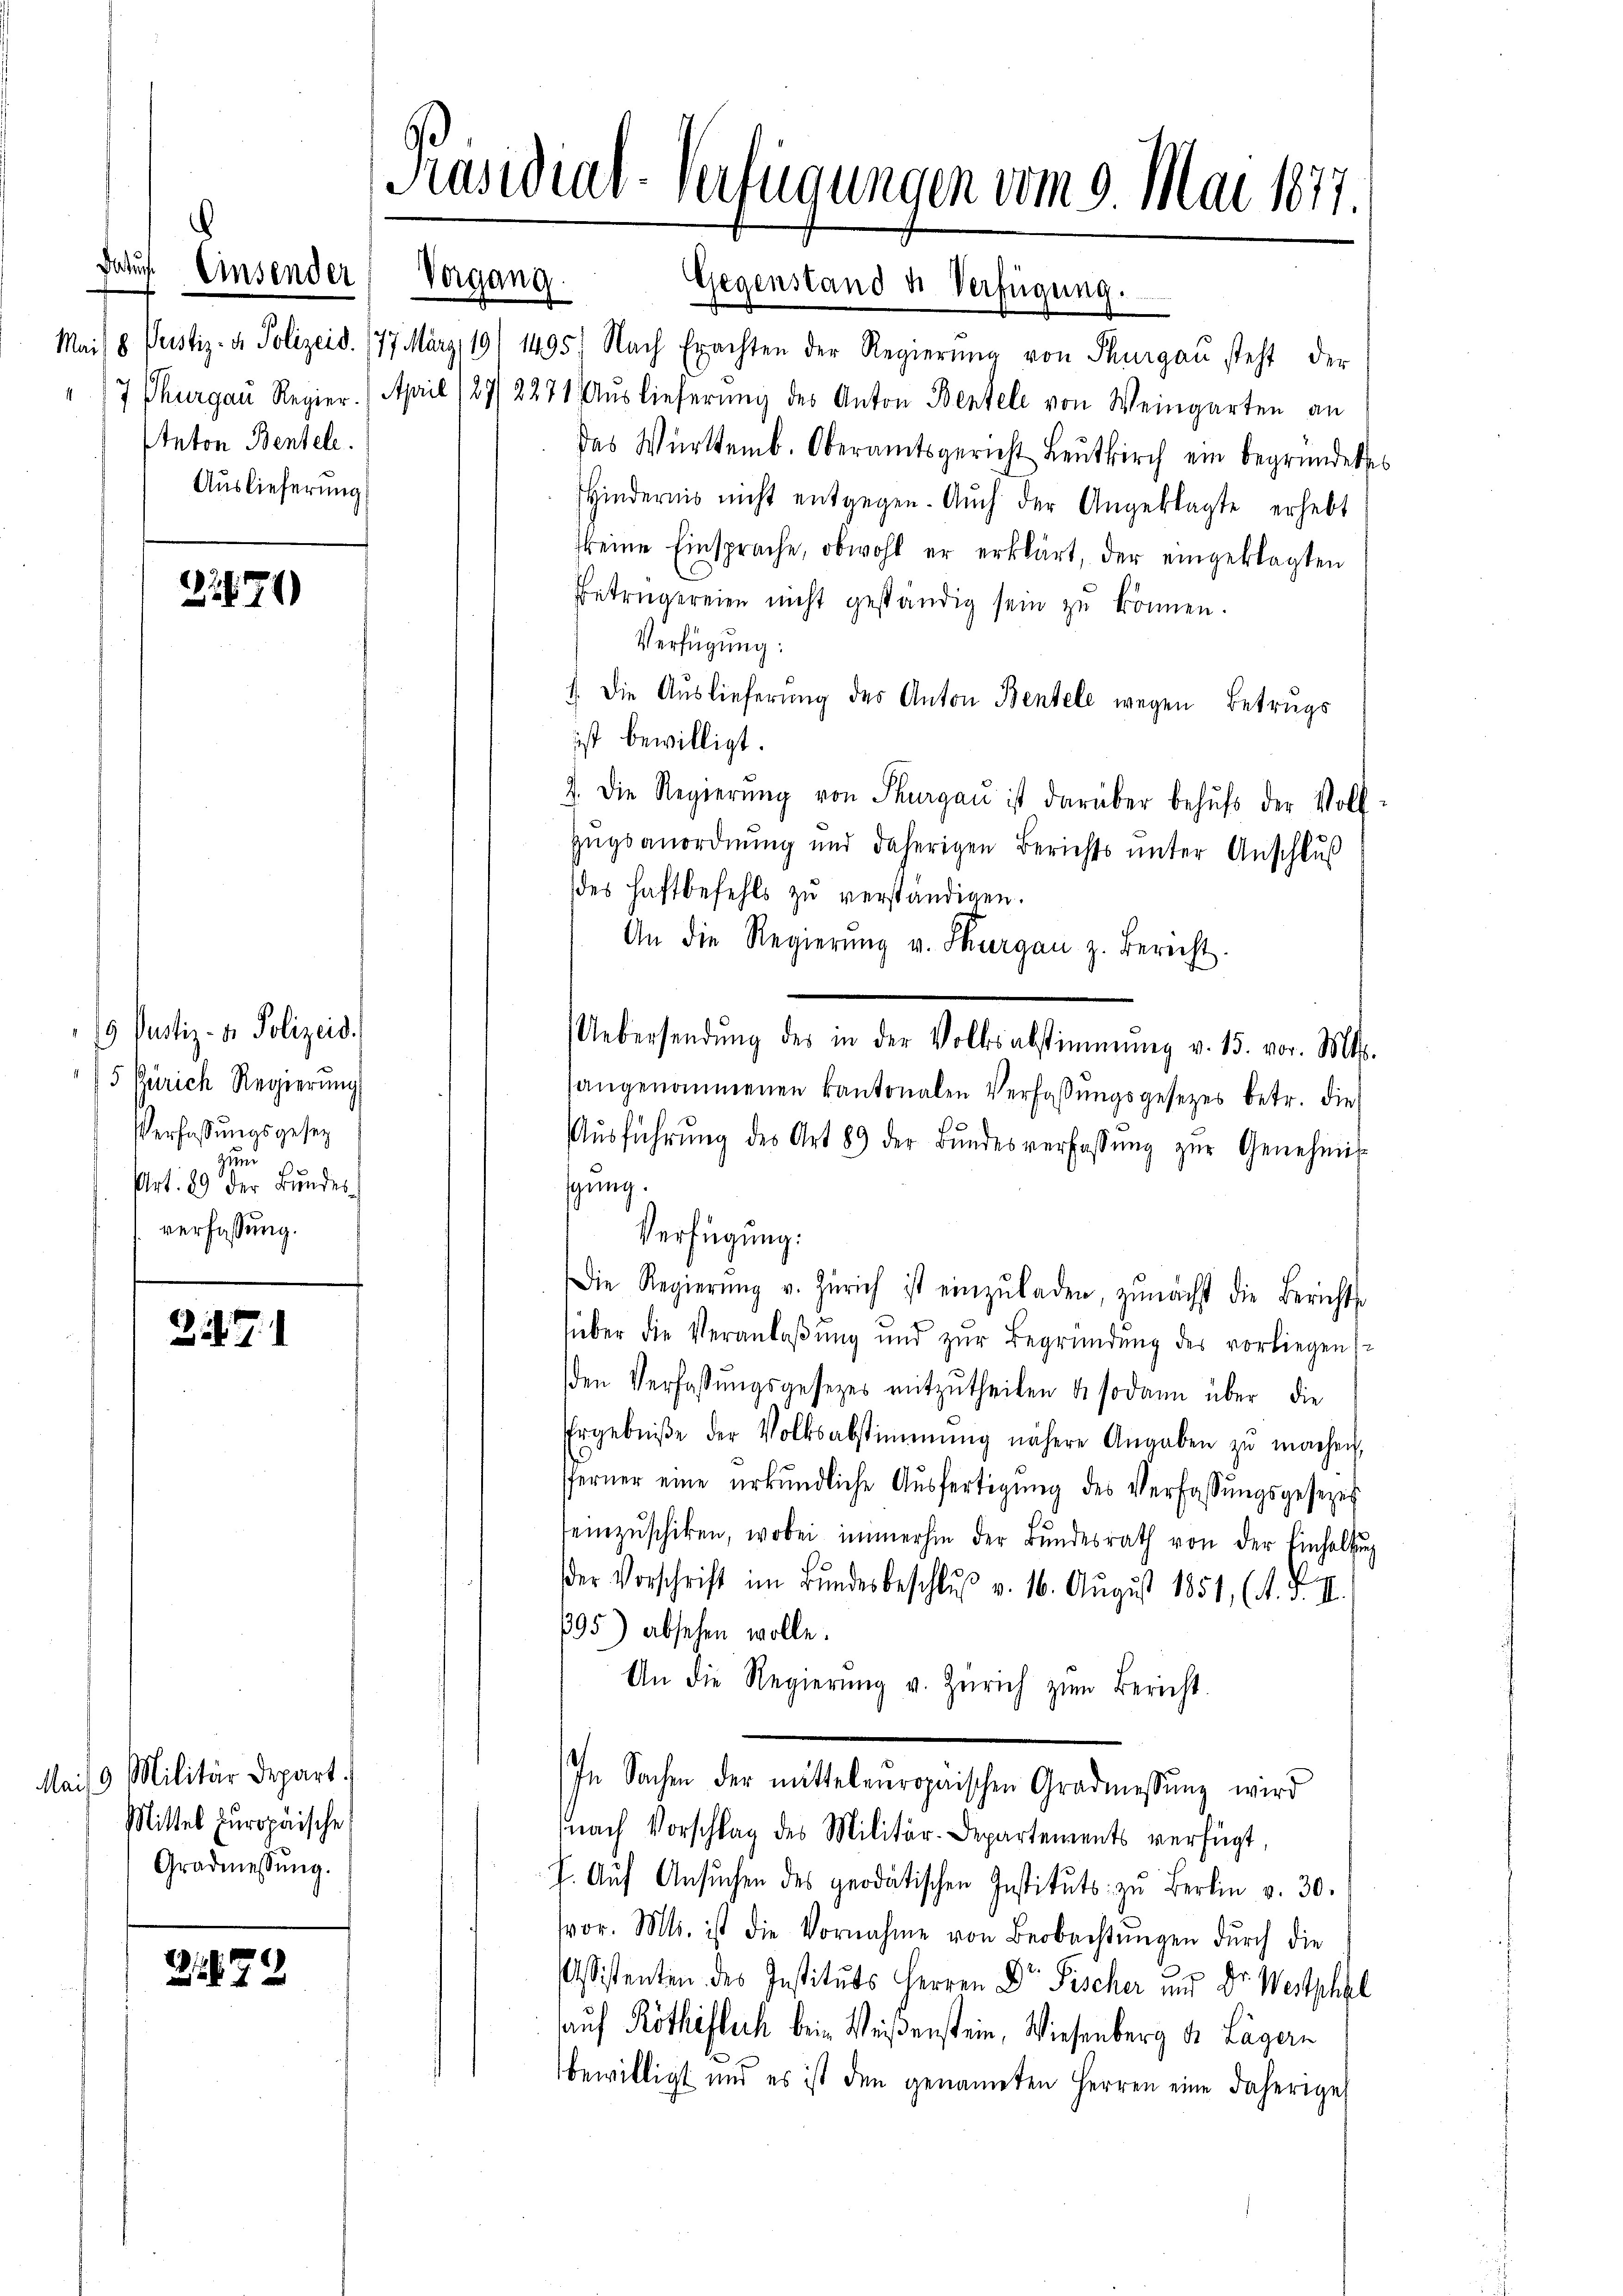
Jauch

Einsender

Mai 18
Anton Bentele.
Auslieferung

22671

9 Pustiz- & Polizeid.
5 Zürich Regierung
Verfassungsgesez
zun
Art. 89 der Bundesverfassung.

2.7.1

Mais 9 Militär Depart.
Mittel Europäische
Gradmessŭng.

228. 73

Vergang.

Präsidial-Verfügungen vom 9. Mai 1877.

Gegenstand u. Verfügung.
Pustiz- & Polizeid. (77 März 191 1495. Nach Erachten der Regierŭng von Thurgau steht der
7 Thurgau Regier. April 127/2271. Aŭslieferŭng des Anton Bentele von Weingarten an
das Württemb. Oberamtsgericht Leŭtkirch ein begründetes
Hindernis nicht entgegen. Auch der Angeklagte erhebt
keine Einsprache, obwohl er erklärt, der eingeklagten
Betrügereien nicht geständig sein zŭ können.
Verfügung:
1. Die Auslieferŭng des Anton Bentele wegen Betrugs
ist bewilligt.
2. Die Regierŭng von Thurgau ist darüber behŭfs der Voll-
Zugsanordnung und daherigen Berichts unter Anschluß
des Haftbefehls zu verständigen.
An die Regierŭng v. Thurgau z. Bericht.
sangenommenen kantonalen Verfassungsgesetzes betr. die
Aŭsführŭng des Art 89 der Bŭndesverfassŭng zŭr Genehmig
sgung.
Verfügung:
Die Regierŭng v. Zürich ist einzŭladen, zunächst die Berichts
über die Veranlaβŭng und zŭr Begründung des vorliegens-
den Verfassŭngsgesetzes mitzŭtheilen u. sodann über die
Ergebniße der Volksabstimmung nähere Angaben zŭ machen,
fferner eine urkundliche Aŭsfertigŭng des Verfassŭngsgesezes
einzŭschiken, wobei immerhin der Bundesrath von der Einhaltung
er Vorschrift im Bundesbeschluß v. 16. August 1851, (A. F. II.
795) absehen wolle.
An die Regierŭng v. Zürich zŭm Bericht.
In Sachen der mittelenropaischen Gradmessŭng wird
nach Vorschlag des Militär-Departements verfügt,
J. Aŭf Ansŭchen des geodätischen Instituts zu Berlin v. 30.
vor. Mts. ist die Vornahme von Beobachtŭngen durch die
Assistenten des Instituts Herren Dr. Fischer und Dr. Westphal
auf Röthöflich bein Weißenstein, Wiesenberg d. Lägern
bewilligt und es ist den genannten Herren eine daherige

Uebersendŭng des in der Volksabstimmung v. 15. vor. Mts.